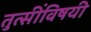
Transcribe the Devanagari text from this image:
तुत्‍सींविषयी